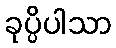
ခုပ္ပိပါသာ